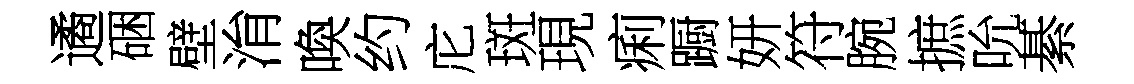
遹硱壁㳙喚约庀斑現痢蹰妍符腕摭吮綦